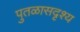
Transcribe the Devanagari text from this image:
पुतळासदृश्य